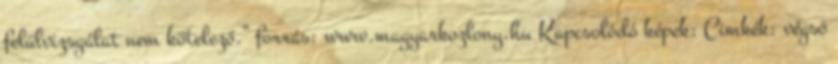
felülvizsgálat nem kötelező.” forrás: www.magyarkozlony.hu Kapcsolódó képek: Cimkék: végső